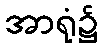
အာရုံ၌